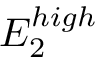
E _ { 2 } ^ { h i g h }